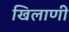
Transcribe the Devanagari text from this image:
खिलाणी